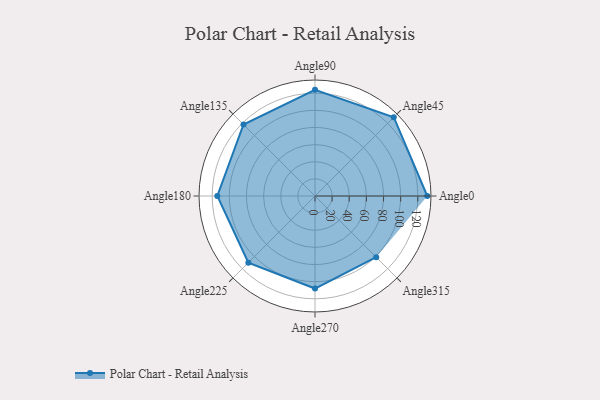
{"axis": {"x": "Angle", "y": "Radius"}, "legend": [""], "data": [{"x": "Angle0", "y": 131.0, "type": ""}, {"x": "Angle45", "y": 130.0, "type": ""}, {"x": "Angle90", "y": 124.0, "type": ""}, {"x": "Angle135", "y": 118.0, "type": ""}, {"x": "Angle180", "y": 114.0, "type": ""}, {"x": "Angle225", "y": 110.0, "type": ""}, {"x": "Angle270", "y": 108.0, "type": ""}, {"x": "Angle315", "y": 101.0, "type": ""}]}